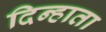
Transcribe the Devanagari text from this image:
दिन्हाता